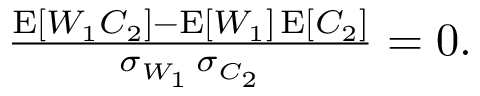
\begin{array} { r } { \frac { \operatorname { E } [ W _ { 1 } C _ { 2 } ] - \operatorname { E } [ W _ { 1 } ] \operatorname { E } [ C _ { 2 } ] } { \sigma _ { W _ { 1 } } \, \sigma _ { C _ { 2 } } } = 0 . } \end{array}